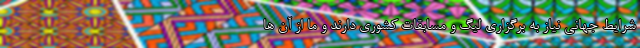
شرایط جهانی نیاز به برگزاری لیگ و مسابقات کشوری دارند و ما از آن ها